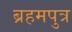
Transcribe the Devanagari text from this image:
ब्रहमपुत्र